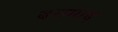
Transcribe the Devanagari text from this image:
बरामाद